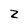
Character: Z